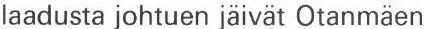
laadusta johtuen jäivät Otanmäen